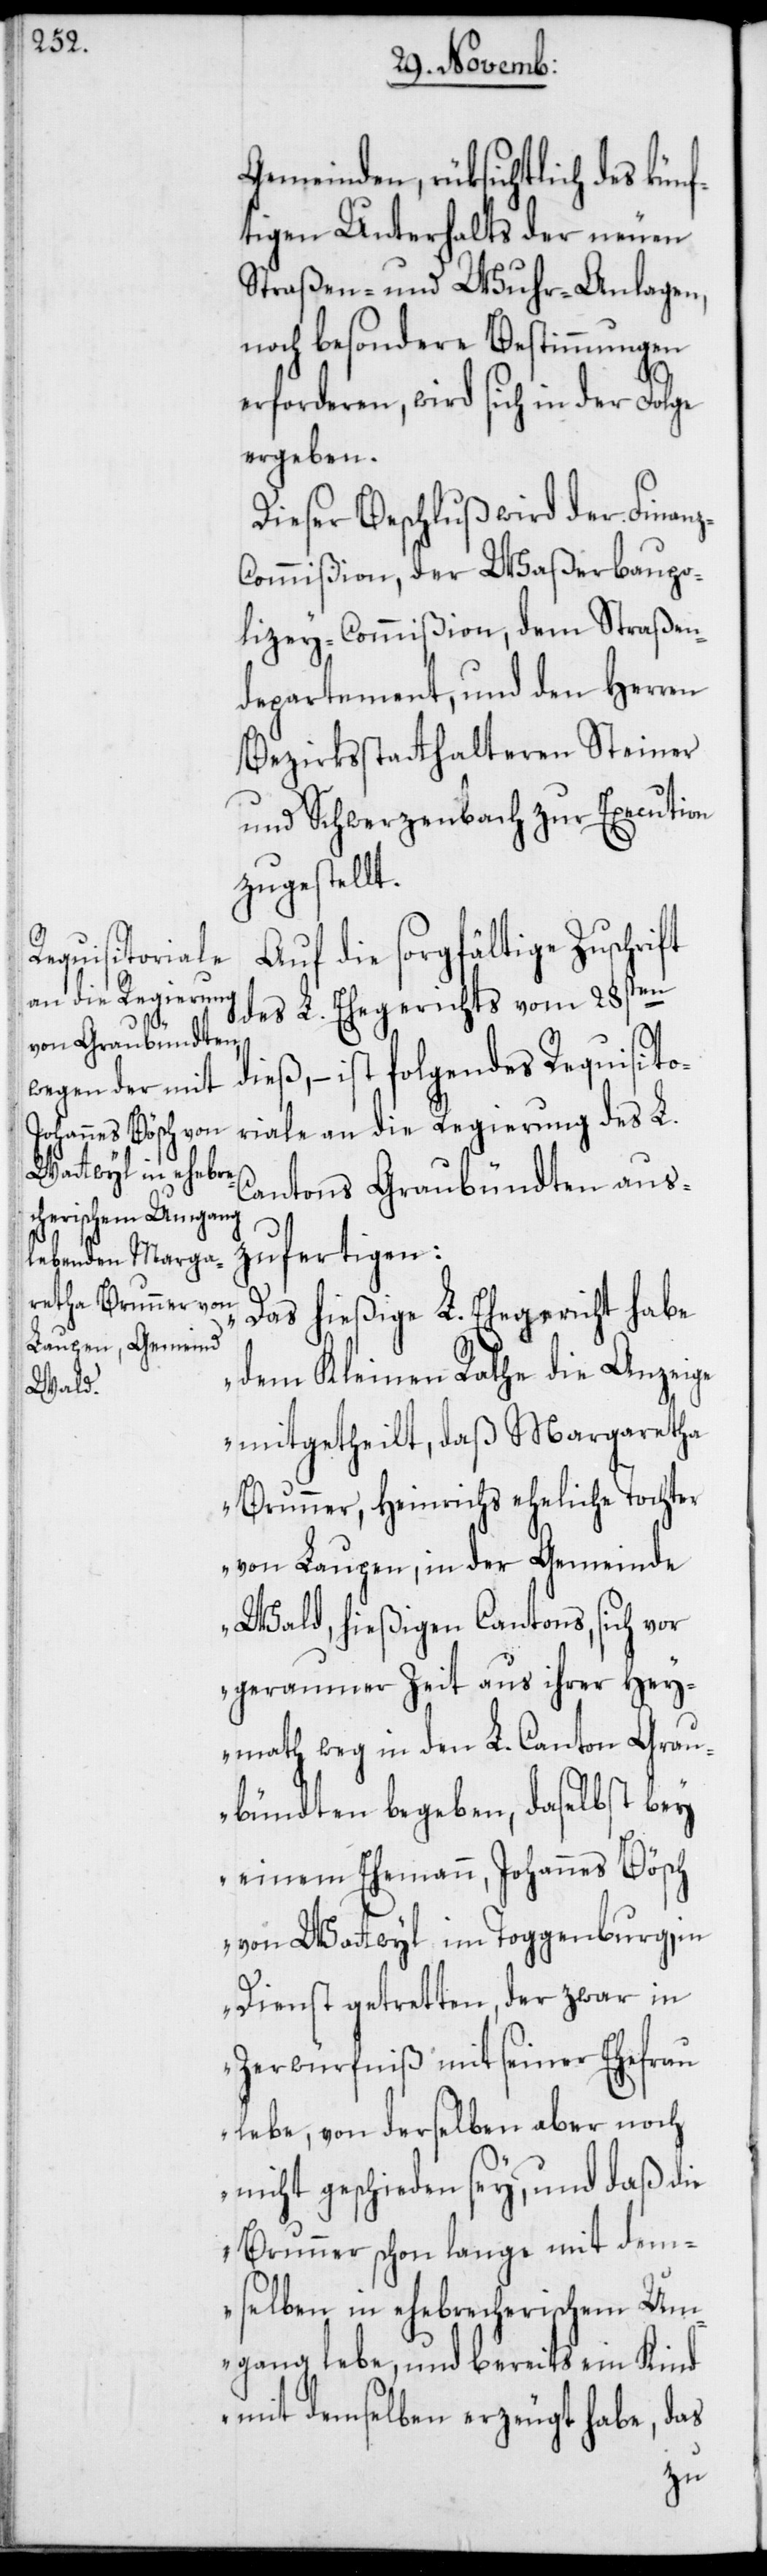
Gemeinden, rüksichtlich des künf¬
tigen Unterhalts der neuen
Straßen- und Wuhr-Anlagen,
noch besondere Bestimmungen
erforderen, wird sich in der Folge
ergeben.
Dieser Beschluß wird der Finan¬
ommißion, der Waßerbaupo¬
lizey-Commißion, dem Straßen¬
departement, und den Herren
Bezirksstatthalteren Steiner
und Schwerzenbach zur Execution
zugestellt.
Auf die sorgfältige Zuschrift
des L. Ehegerichts vom 28sten
dieß, – ist folgendes Requisito¬
riale an die Regierung des L.
Cantons Graubündten aus¬
zufertigen:
„Das hießige L. Ehegericht habe
dem Kleinen Rathe die Anzeige
mittgetheilt, daß Margaretha
Brunner, Heinrichs eheliche Tochter
von Laupen, in der Gemeinde
Wald, hießigen Cantons, sich vor
geraumer Zeit aus ihrer Hey¬
math weg in den L. Canton Grau¬
bündten begeben, daselbst bey
einem Ehemann, Johannes Bösch
von Wattwyl im Toggenburg, in
Dienst getretten, der zwar in
Zerwürfniß mit seiner Ehefrau
lebe, von derselben aber noch
nicht geschieden sey, und daß die
Brunner schon lange mit dem¬
selben in ehebrecherischem Um¬
gang lebe, und bereits ein Kind
mit demselben erzeugt habe, das
z-C¬